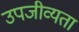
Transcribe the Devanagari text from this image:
उपजीव्यता